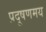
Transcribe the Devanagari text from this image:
प्रदूषणमय